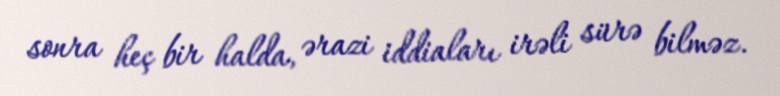
sonra heç bir halda, ərazi iddiaları irəli sürə bilməz.